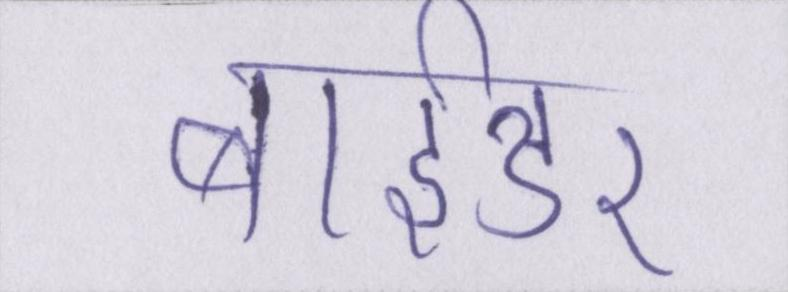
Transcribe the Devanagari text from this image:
बाईडर